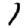
Digit: 1